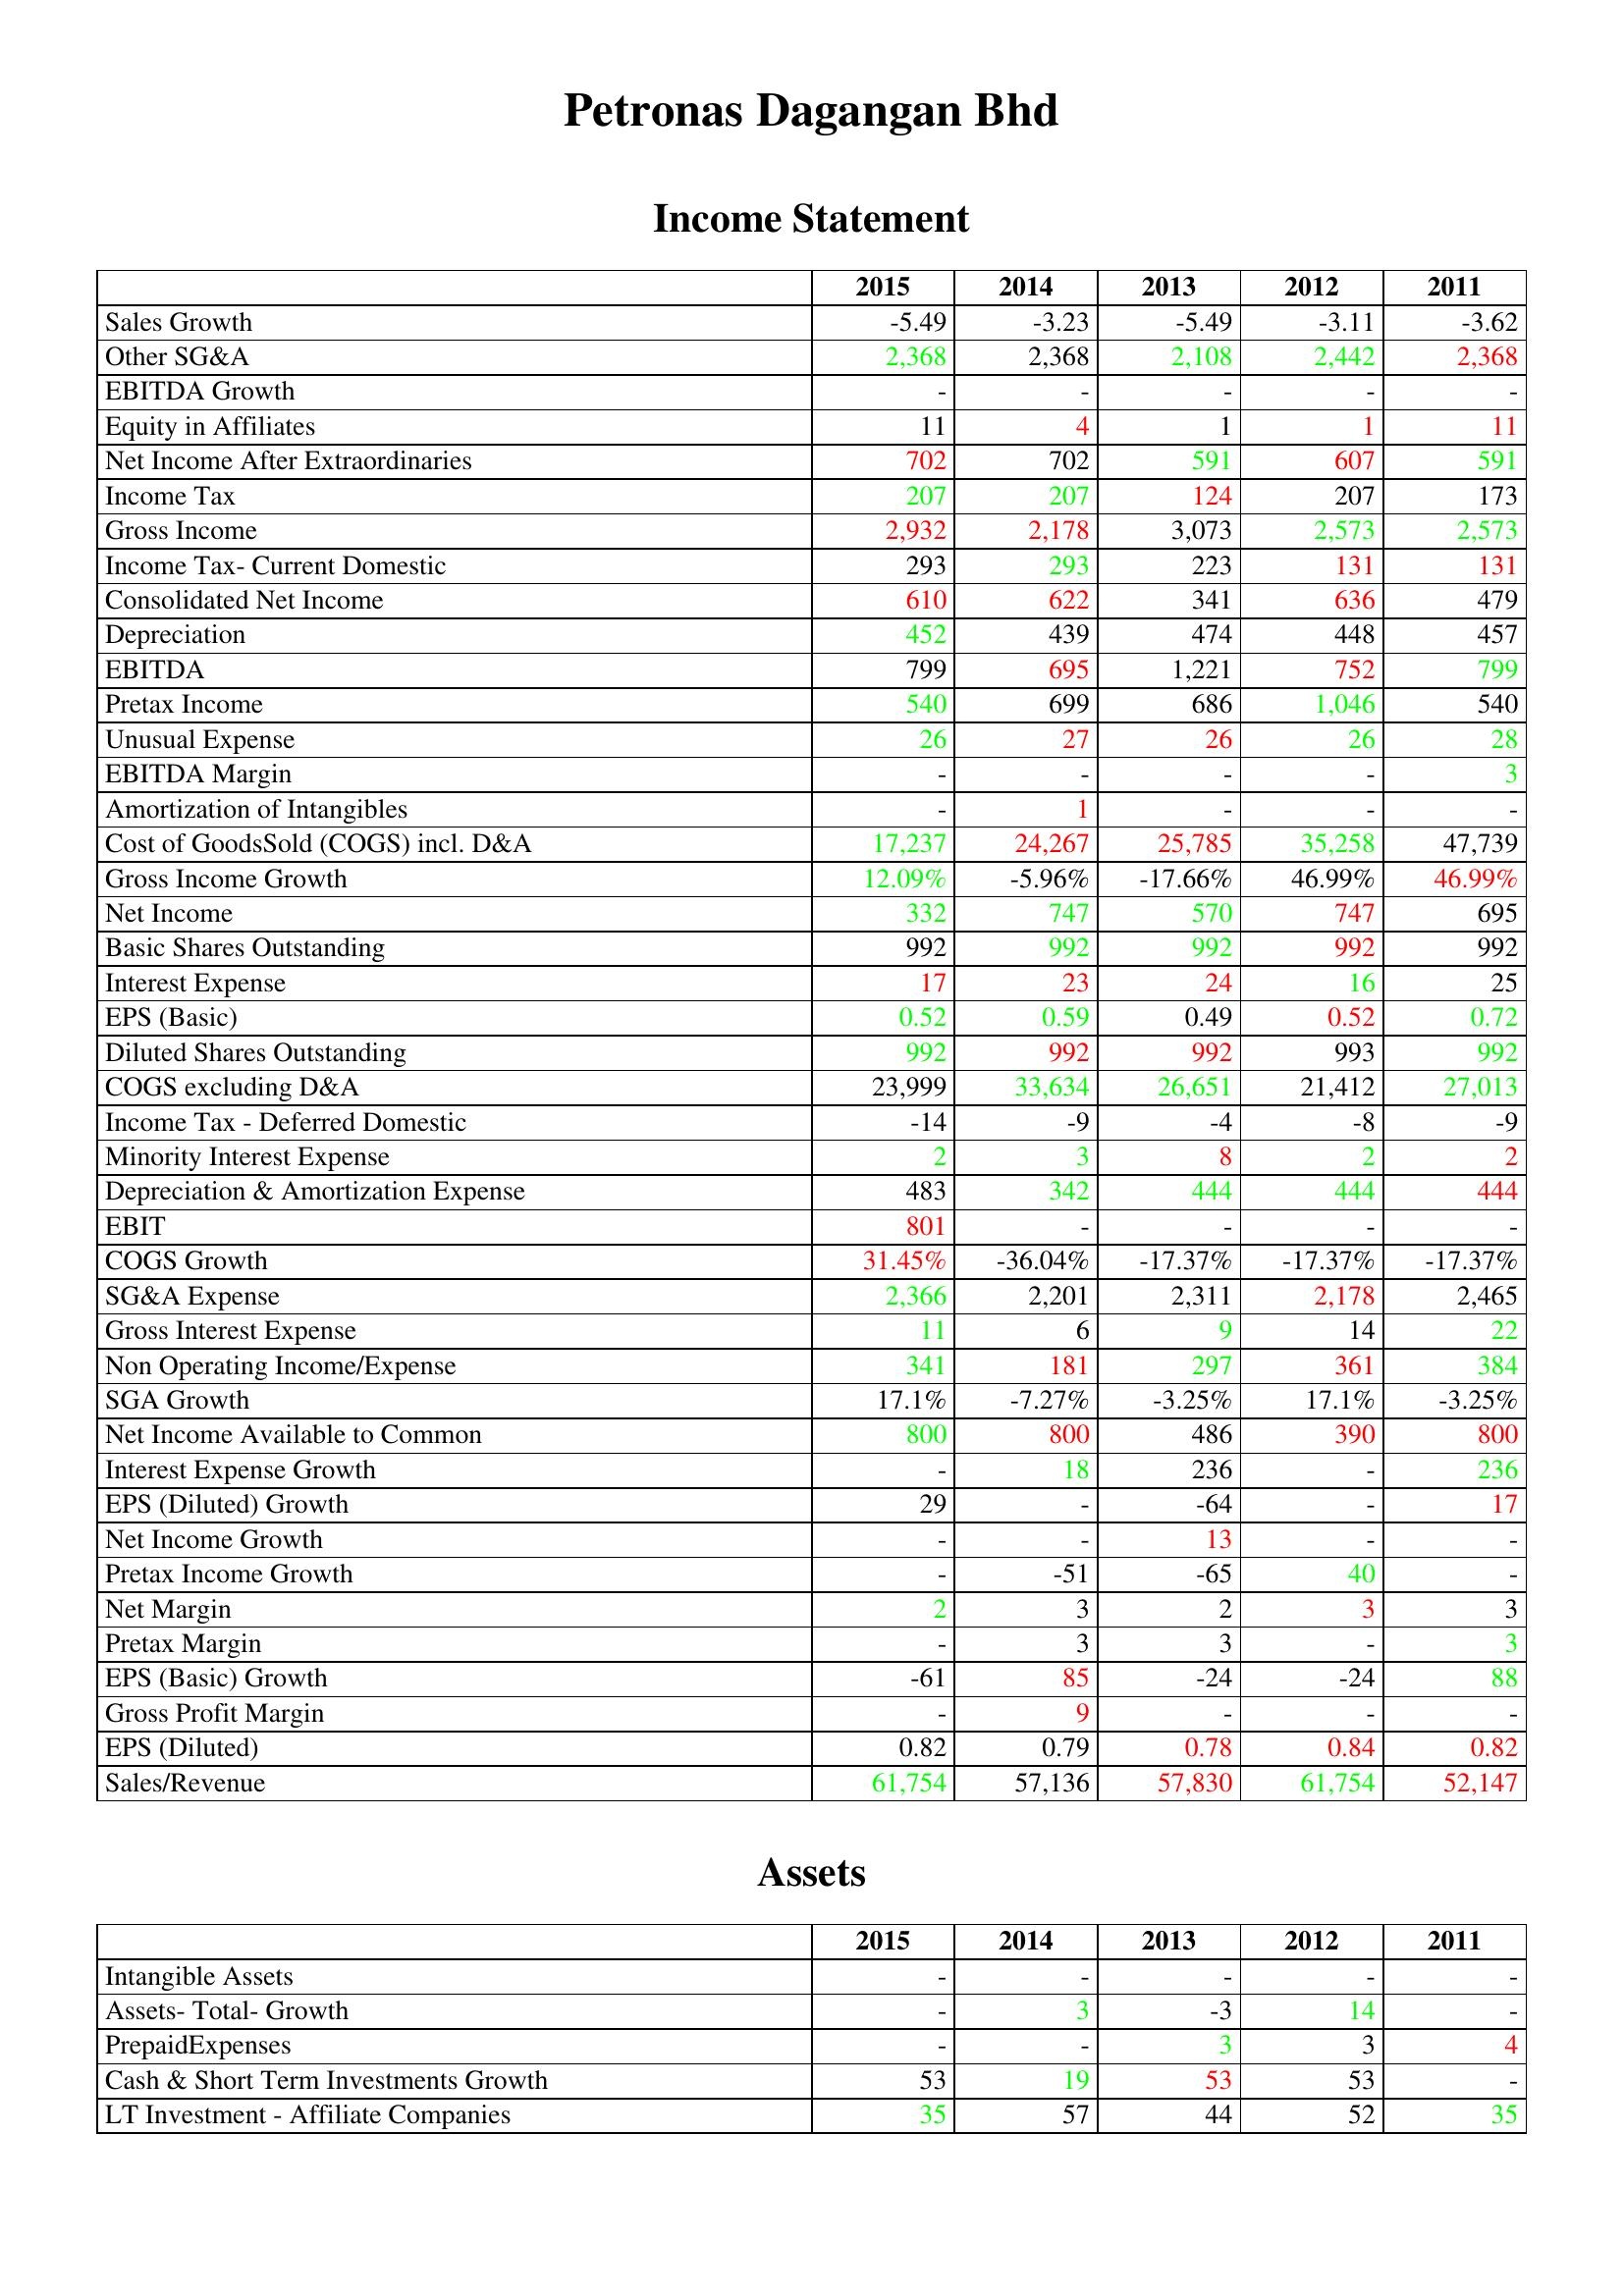
gt_parse: 2015: Income Statement: Sales Growth: -5.49
Other SG&A: 2,368
EBITDA Growth: -
Equity in Affiliates: 11
Net Income After Extraordinaries: 702
Income Tax: 207
Gross Income: 2,932
Income Tax- Current Domestic: 293
Consolidated Net Income: 610
Depreciation: 452
EBITDA: 799
Pretax Income: 540
Unusual Expense: 26
EBITDA Margin: -
Amortization of Intangibles: -
Cost of GoodsSold (COGS) incl. D&A: 17,237
Gross Income Growth: 12.09%
Net Income: 332
Basic Shares Outstanding: 992
Interest Expense: 17
EPS (Basic): 0.52
Diluted Shares Outstanding: 992
COGS excluding D&A: 23,999
Income Tax - Deferred Domestic: -14
Minority Interest Expense: 2
Depreciation & Amortization Expense: 483
EBIT: 801
COGS Growth: 31.45%
SG&A Expense: 2,366
Gross Interest Expense: 11
Non Operating Income/Expense: 341
SGA Growth: 17.1%
Net Income Available to Common: 800
Interest Expense Growth: -
EPS (Diluted) Growth: 29
Net Income Growth: -
Pretax Income Growth: -
Net Margin: 2
Pretax Margin: -
EPS (Basic) Growth: -61
Gross Profit Margin: -
EPS (Diluted): 0.82
Sales/Revenue: 61,754
Assets: Intangible Assets: -
Assets- Total- Growth: -
PrepaidExpenses: -
Cash & Short Term Investments Growth: 53
LT Investment - Affiliate Companies: 35
2014: Income Statement: Sales Growth: -3.23
Other SG&A: 2,368
EBITDA Growth: -
Equity in Affiliates: 4
Net Income After Extraordinaries: 702
Income Tax: 207
Gross Income: 2,178
Income Tax- Current Domestic: 293
Consolidated Net Income: 622
Depreciation: 439
EBITDA: 695
Pretax Income: 699
Unusual Expense: 27
EBITDA Margin: -
Amortization of Intangibles: 1
Cost of GoodsSold (COGS) incl. D&A: 24,267
Gross Income Growth: -5.96%
Net Income: 747
Basic Shares Outstanding: 992
Interest Expense: 23
EPS (Basic): 0.59
Diluted Shares Outstanding: 992
COGS excluding D&A: 33,634
Income Tax - Deferred Domestic: -9
Minority Interest Expense: 3
Depreciation & Amortization Expense: 342
EBIT: -
COGS Growth: -36.04%
SG&A Expense: 2,201
Gross Interest Expense: 6
Non Operating Income/Expense: 181
SGA Growth: -7.27%
Net Income Available to Common: 800
Interest Expense Growth: 18
EPS (Diluted) Growth: -
Net Income Growth: -
Pretax Income Growth: -51
Net Margin: 3
Pretax Margin: 3
EPS (Basic) Growth: 85
Gross Profit Margin: 9
EPS (Diluted): 0.79
Sales/Revenue: 57,136
Assets: Intangible Assets: -
Assets- Total- Growth: 3
PrepaidExpenses: -
Cash & Short Term Investments Growth: 19
LT Investment - Affiliate Companies: 57
2013: Income Statement: Sales Growth: -5.49
Other SG&A: 2,108
EBITDA Growth: -
Equity in Affiliates: 1
Net Income After Extraordinaries: 591
Income Tax: 124
Gross Income: 3,073
Income Tax- Current Domestic: 223
Consolidated Net Income: 341
Depreciation: 474
EBITDA: 1,221
Pretax Income: 686
Unusual Expense: 26
EBITDA Margin: -
Amortization of Intangibles: -
Cost of GoodsSold (COGS) incl. D&A: 25,785
Gross Income Growth: -17.66%
Net Income: 570
Basic Shares Outstanding: 992
Interest Expense: 24
EPS (Basic): 0.49
Diluted Shares Outstanding: 992
COGS excluding D&A: 26,651
Income Tax - Deferred Domestic: -4
Minority Interest Expense: 8
Depreciation & Amortization Expense: 444
EBIT: -
COGS Growth: -17.37%
SG&A Expense: 2,311
Gross Interest Expense: 9
Non Operating Income/Expense: 297
SGA Growth: -3.25%
Net Income Available to Common: 486
Interest Expense Growth: 236
EPS (Diluted) Growth: -64
Net Income Growth: 13
Pretax Income Growth: -65
Net Margin: 2
Pretax Margin: 3
EPS (Basic) Growth: -24
Gross Profit Margin: -
EPS (Diluted): 0.78
Sales/Revenue: 57,830
Assets: Intangible Assets: -
Assets- Total- Growth: -3
PrepaidExpenses: 3
Cash & Short Term Investments Growth: 53
LT Investment - Affiliate Companies: 44
2012: Income Statement: Sales Growth: -3.11
Other SG&A: 2,442
EBITDA Growth: -
Equity in Affiliates: 1
Net Income After Extraordinaries: 607
Income Tax: 207
Gross Income: 2,573
Income Tax- Current Domestic: 131
Consolidated Net Income: 636
Depreciation: 448
EBITDA: 752
Pretax Income: 1,046
Unusual Expense: 26
EBITDA Margin: -
Amortization of Intangibles: -
Cost of GoodsSold (COGS) incl. D&A: 35,258
Gross Income Growth: 46.99%
Net Income: 747
Basic Shares Outstanding: 992
Interest Expense: 16
EPS (Basic): 0.52
Diluted Shares Outstanding: 993
COGS excluding D&A: 21,412
Income Tax - Deferred Domestic: -8
Minority Interest Expense: 2
Depreciation & Amortization Expense: 444
EBIT: -
COGS Growth: -17.37%
SG&A Expense: 2,178
Gross Interest Expense: 14
Non Operating Income/Expense: 361
SGA Growth: 17.1%
Net Income Available to Common: 390
Interest Expense Growth: -
EPS (Diluted) Growth: -
Net Income Growth: -
Pretax Income Growth: 40
Net Margin: 3
Pretax Margin: -
EPS (Basic) Growth: -24
Gross Profit Margin: -
EPS (Diluted): 0.84
Sales/Revenue: 61,754
Assets: Intangible Assets: -
Assets- Total- Growth: 14
PrepaidExpenses: 3
Cash & Short Term Investments Growth: 53
LT Investment - Affiliate Companies: 52
2011: Income Statement: Sales Growth: -3.62
Other SG&A: 2,368
EBITDA Growth: -
Equity in Affiliates: 11
Net Income After Extraordinaries: 591
Income Tax: 173
Gross Income: 2,573
Income Tax- Current Domestic: 131
Consolidated Net Income: 479
Depreciation: 457
EBITDA: 799
Pretax Income: 540
Unusual Expense: 28
EBITDA Margin: 3
Amortization of Intangibles: -
Cost of GoodsSold (COGS) incl. D&A: 47,739
Gross Income Growth: 46.99%
Net Income: 695
Basic Shares Outstanding: 992
Interest Expense: 25
EPS (Basic): 0.72
Diluted Shares Outstanding: 992
COGS excluding D&A: 27,013
Income Tax - Deferred Domestic: -9
Minority Interest Expense: 2
Depreciation & Amortization Expense: 444
EBIT: -
COGS Growth: -17.37%
SG&A Expense: 2,465
Gross Interest Expense: 22
Non Operating Income/Expense: 384
SGA Growth: -3.25%
Net Income Available to Common: 800
Interest Expense Growth: 236
EPS (Diluted) Growth: 17
Net Income Growth: -
Pretax Income Growth: -
Net Margin: 3
Pretax Margin: 3
EPS (Basic) Growth: 88
Gross Profit Margin: -
EPS (Diluted): 0.82
Sales/Revenue: 52,147
Assets: Intangible Assets: -
Assets- Total- Growth: -
PrepaidExpenses: 4
Cash & Short Term Investments Growth: -
LT Investment - Affiliate Companies: 35